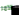
الآمر